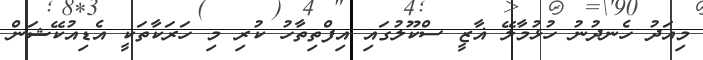
މިއަދު ހެނދުނު ހުޅުމާލޭ ޣާޒީ ސްކޫލުގައި އިފްތިތާހު ކުރި މި ހަރަކާތަކީ އެޑިއުކޭޝަން